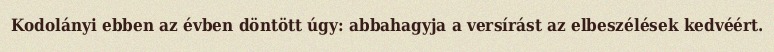
Kodolányi ebben az évben döntött úgy: abbahagyja a versírást az elbeszélések kedvéért.